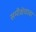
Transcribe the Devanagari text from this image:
समीक्षेचावा